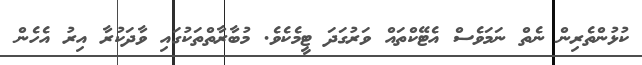
ކުޅުންތެރިން ނެތް ނަމަވެސް އެޓޭކްތައް ވަރުގަދަ ޓީމެކެވެ. މުބާރާތްތަކުގައި ވާދަކުރާ އިރު އެހެން